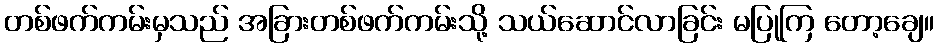
တစ်ဖက်ကမ်းမှသည် အခြားတစ်ဖက်ကမ်းသို့ သယ်ဆောင်လာခြင်း မပြုကြ တော့ချေ။